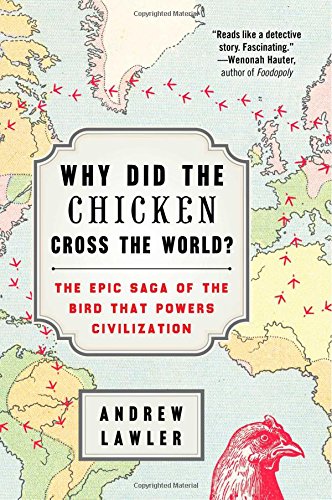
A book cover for Why Did the Chicken Cross the World?: The Epic Saga of the Bird that Powers Civilization; Andrew Lawler; Science & Math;